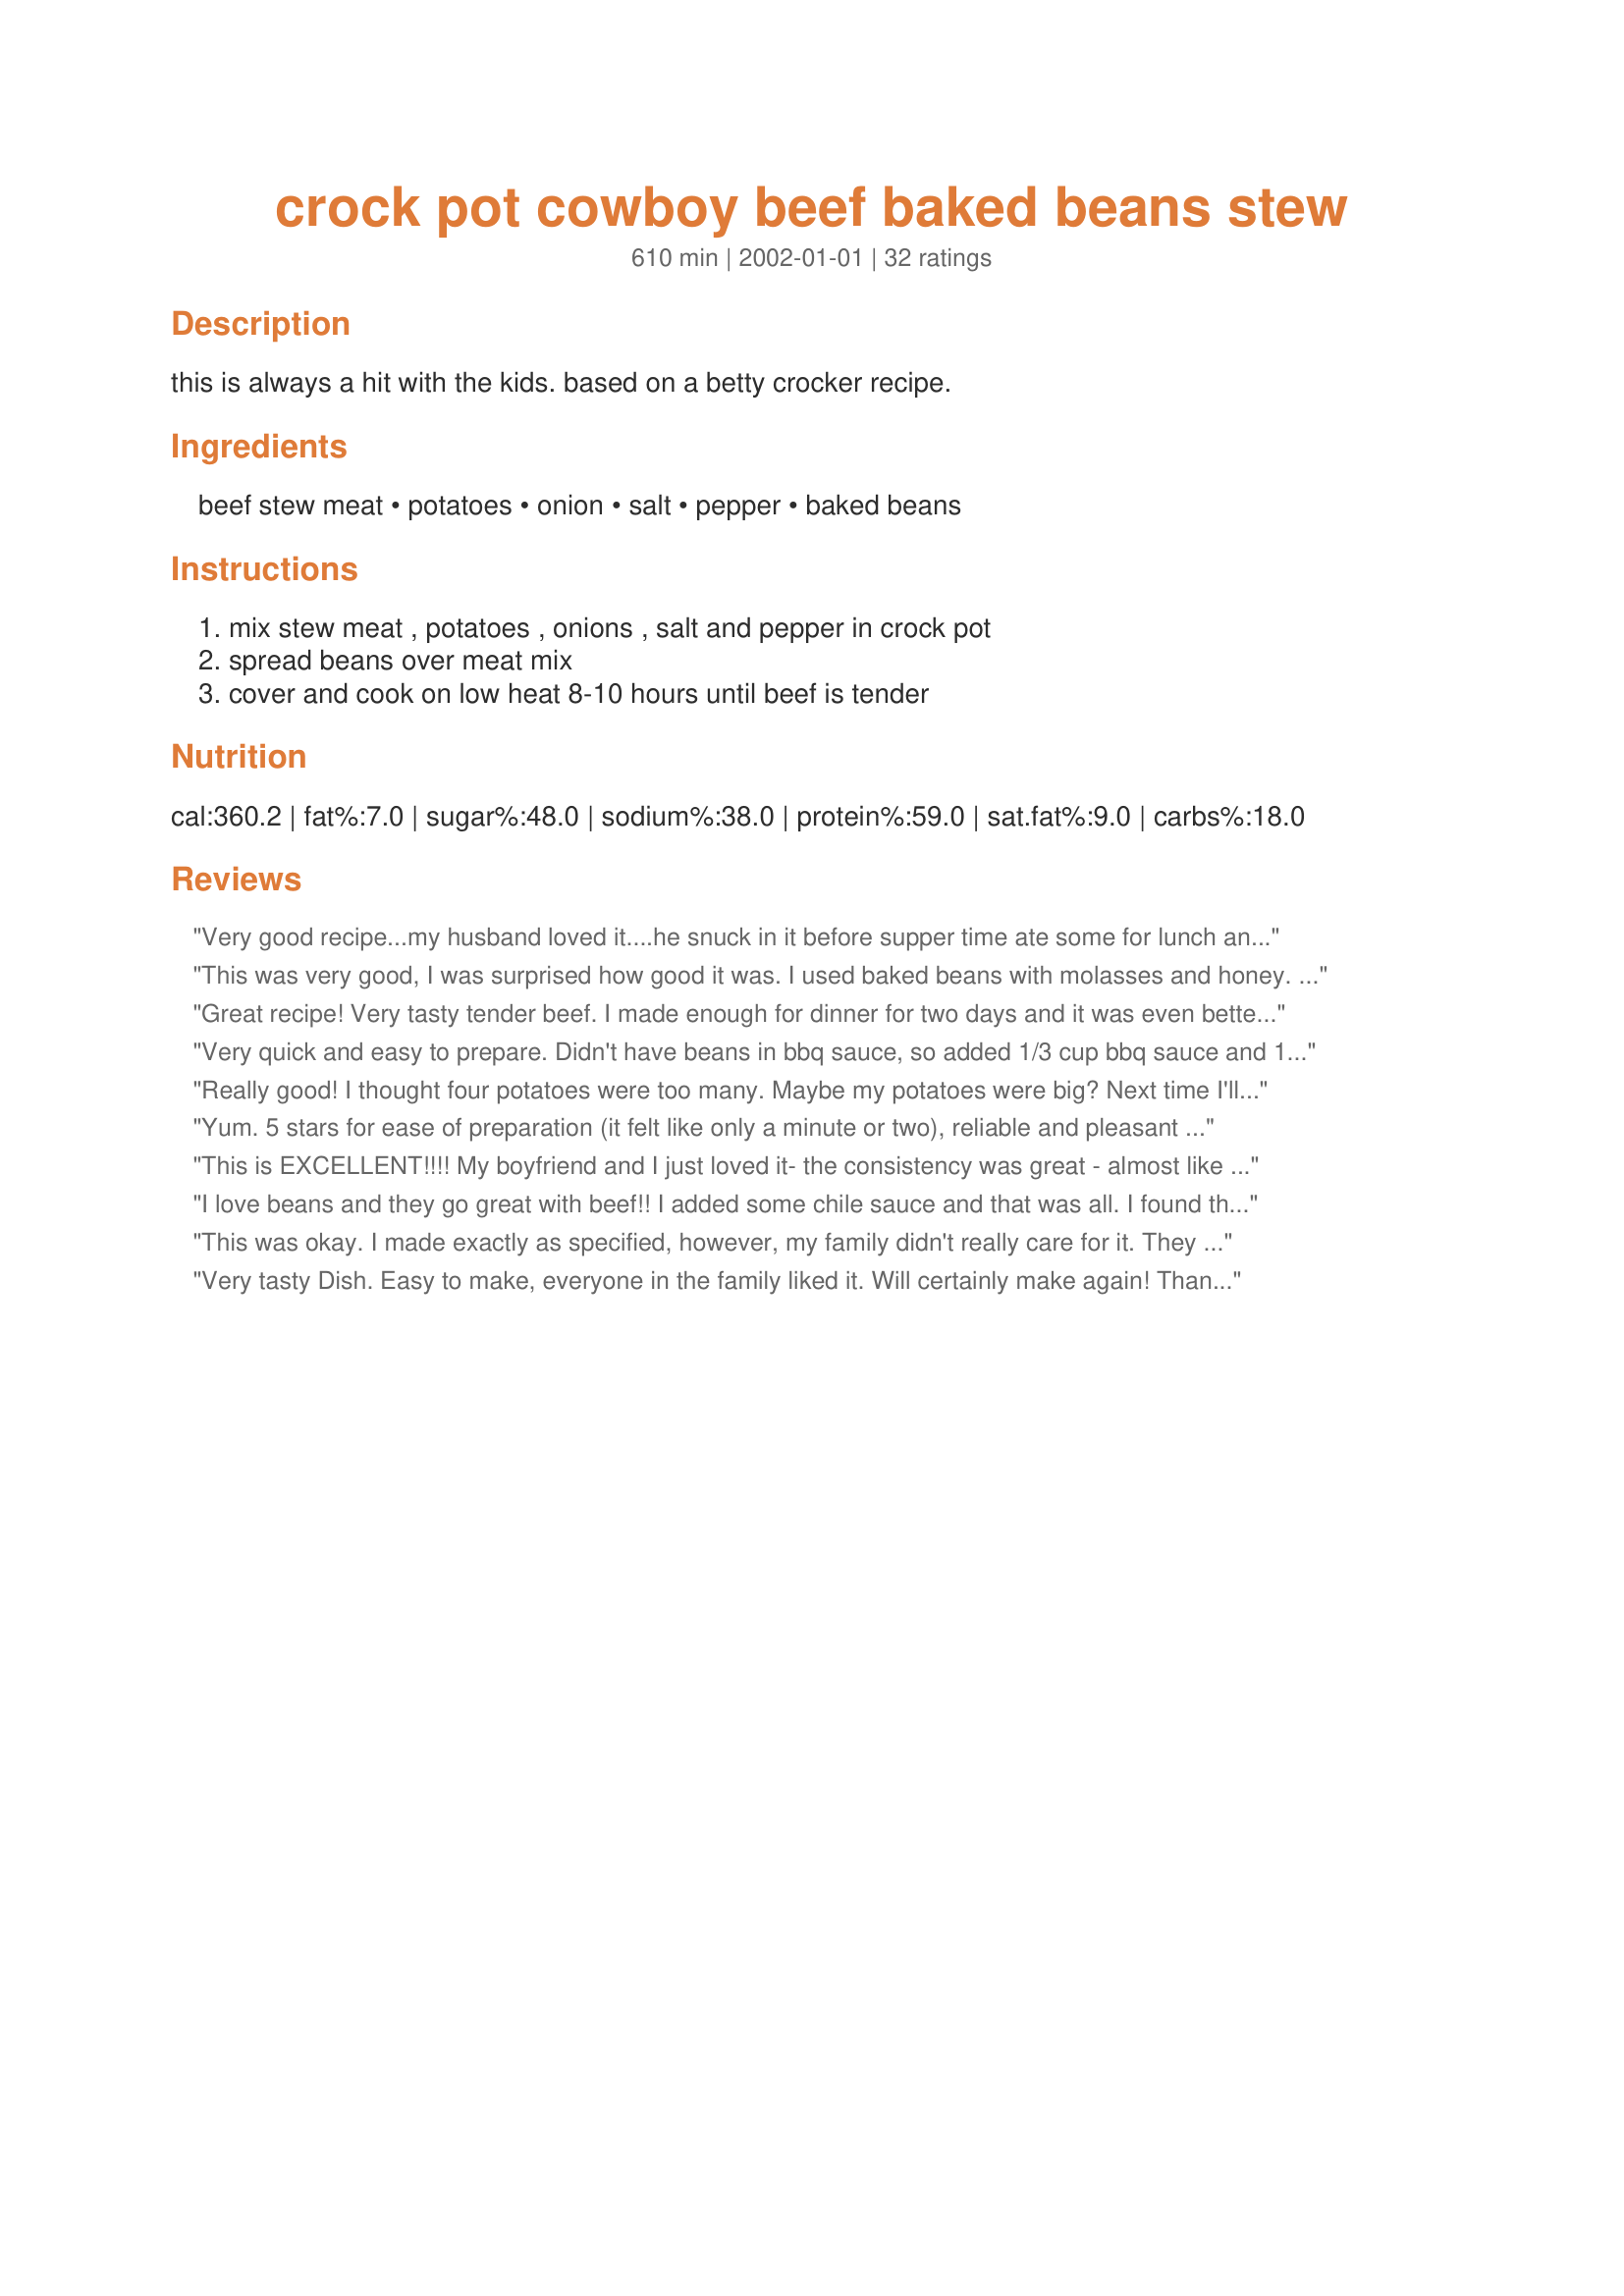
crock pot cowboy beef baked beans stew
Preparation time: 610 minutes

this is always a hit with the kids. based on a betty crocker recipe.

Ingredients:
beef stew meat, potatoes, onion, salt, pepper, baked beans

Steps:
mix stew meat , potatoes , onions , salt and pepper in crock pot, spread beans over meat mix, cover and cook on low heat 8-10 hours until beef is tender

Reviews:
Very good recipe...my husband loved it....he snuck in it before supper time ate some for lunch and supper lol.
This was very good, I was surprised how good it was. I used baked beans with molasses and honey. We had crusty french bread with it. Yummy.
Great recipe! Very tasty tender beef. I made enough for dinner for two days and it was even better the next day. I will make this again.
Very quick and easy to prepare. Didn't have beans in bbq sauce, so added 1/3 cup bbq sauce and 1 Tbsp Brown sugar. Loved how the potatoes cooked up and tasted. Meat was extremely tender. Thanks.
Really good! I thought four potatoes were too many. Maybe my potatoes were big? Next time I'll cut down.
Yum. 5 stars for ease of preparation (it felt like only a minute or two), reliable and pleasant taste, and delicious smell. Great for one of THOSE days. Thanks, Mirj!
This is EXCELLENT!!!! My boyfriend and I just loved it- the consistency was great - almost like a chilli - thick and yummy! He said this is his type of food - he is a meat and potato man! We also thought this will be perfect for camping! WONDERFUL and easy- thank you!
I love beans and they go great with beef!! I added some chile sauce and that was all. I found the canned beans became a little mushy with 9 hours cooking but still tasted great. Next time I'll try some of my homemade beans (I just have to get around to making them) Good recipe
This was okay. I made exactly as specified, however, my family didn't really care for it. They ate it but said I don't need to make it again. It gets high marks for being easy, filling, and nutritional. Low marks for the taste (at least for our taste). I won't be making this again, per my family's request. Thanks anyways.
Very tasty Dish. Easy to make, everyone in the family liked it. Will certainly make again!

Thanks for the great recipe!
Extremely simple and a recipe that a man just devours. Have made this a few times and will keep experimenting for different flavors... love the BBQ flavor it gives the potatoes!!
Tasty and hearty stew! A real comfort on a cold day.
I added liquid smoke and barbeque sauce. I used Busch Country Style baked beans.
Very good stew. My kids also liked it alot. Simple to make, too. I added a teaspoon of garlic powder (personal taste) for more flavor, but otherwise cooked it as is. Thank you Mirj.
I gave this recipe 3 stars. I got mixed reviews on this recipe. My future hubby wasn't nuts over this, my 7 yr old newphew didn't like it, I thought it was good. I wasn't sure about not peeling the potatoes but I didn't mind them. Overall I'd make this again for me. Thanks for posting! Christine (internetnut)
This meal was a hodge-podge of false starts for us.... Yesterday I started the crockpot but when DH got home around 2 he noticed the power had gone out and the crockpot was not on. The meat was still frozen when I got home 2 hours later so I put it in the fridge and started it on low again early this AM. When I got to work today we got a call that my DIL was in labor so we rushed to the hospital where we stayed until our beautiful granddaugher was born. Got home at 6:45 and the house smelled FABULOUS and we had a delicious hot meal waiting for us in the crockpot. THe beans had pretty much turned mushy but still, this was SOOO good. We WILL have this again but hopefully won't cook it for 14 hours this time!
This is straight-up comfort food. The smell of this cooking is incredible. I did find that it needed more salt after cooking, and the beans on the top got a bit overcooked and hard after cooking for 8 hours. But we enjoyed it. Went great with some thickly buttered bread. Thanks!
DH loved it! Next time he wants me add corn and peas. He like corn and peas. I Really love that it cooks in the crockpot and there is no need to brown the meat. Thanks for the recipe.
Really liked this super easy recipe. I added string beans since I had a bunch on hand and it turned out pretty good. Next time I think I&#039;ll add the baked beans halfway through cooking (which I did on HIGH for 4 hours) to avoid the bit of mush they tend to turn into. Still its a keeper and I will make it again.
I thought this was pretty good. I was afraid towards the end of the cook time becasue I thought the last couple of hours it smelled scorched. But it didn't taste that way at all. I did make some substitutions but only minor ones. I did not have BBQ flavored baked beans since they are hard to find around here. So I added original flavor and a cup of my favorite BBQ sauce. I did end up adding a cup of water as well since I thought it was starting out pretty thick and it came out perfect. My husband loved it since it was in opposition to all the veggie filled meals I've been serving to him. :) Thanks for a nice change of pace.
Just made this today and it is awesome! It's so simple to put together. I was a little nervous that the baked beans would fall apart but they turned out great! I couldn't find baked beans in BBQ sauce so I mixed in some of my favorite BBQ sauce with a can of Bush Original baked beans. This is one good dish!
This was pretty darn good! I changed a few things, though. I used Ranch Style beans and added about 1/3 cup of bottled BBQ sauce and a little bit of liquid smoke. My husband had THREE bowls! Thanks for a great-tasting and easy recipe.
I made this with regular baked beans and added some BBQ sauce, but followed the directions otherwise. Like many other reviewers mentioned, the Meat turned out so tender, yum. My family gave it just an ok, saying it was too sweet. Maybe it was the BBQ sauce I used. Next time I just might try it without the sauce.Thanks for sharing your recipe.
This was wonderful Mirj! We had it for supper tonight...I added a full onion instead of the 1/2 cup and it was still yummy...my hubby and kids really liked it..thanks for a great recipe, will be making this again..strawberryjane
Good food.
Any combination of beef, beans, potatoes, and onions has to be good.
Suggestion: use one whole onion, and add a can of chunky Ro-Tel.
Your friends who love spicy will pester you for this recipe.
This was yummy, I didnt get how there would be enough liquid to cook it though, so I added some broth. I also added some sliced hot dogs at the end seemed like it would go with BBQ sauce and Beans and it was super yummy, I would make it again.
I saved this for a day I'd be busy and today was the day! I was surprised how delicious this was. The barbecue beans added just the right flavor and texture. I served this with lima beans (with lemon juice and Parmesan cheese) and Watergate salad. I omitted the salt by accident but it wasn't missing any flavor. My husband had three helpings and the kids cleaned their plates (without asking "what is this?"). Thanks Mirj, for posting (loved reading your "about me" page!).

Roxygirl
I had some raw marinated tri-tip roast cut up into bite size pieces for fondue which I needed to to use up and found this recipe. Ridiculously easy recipe, of which I am a huge fan! It was good but I think next time I will either use fewer potatoes or more liquid as it was a little too thick. Leftovers were good, too.
Really good. I added corn and ground beef and a little bbq sauce and brown sugar and bMy family loves it! Thanks.
Very good recipe. I used Bushes bean in bbq sauce. I waited to add the beans halfway through the cooking time because I thought they might be too dry. Turned out perfect. Thanks
Made this tonight. This was a hit here. I think the key is the beans and bbq sauce. There were no bbq beans at the store so I used homestyle beans and added 1 cup BBQ sauce. I used Sweet Baby Rays BBQ sauce and it was super. I can see that depending on the sauce you use it would alter the taste. This was definitely a hearty meal that received thumbs up from all but especially those meat and potato lovers. I Didn't put the beans and sauce in until 3 hrs in and it helped with the beans hardening that others had experienced. Would make again. This was in my Betty Crocker Slow Cooker Magazine from 2001 but I am glad Mirj had already posted it. Thanks Mirj. Made with with Recipe#38775 Easy Rolls. It was a nice combo. Enjoy ChefDLH
I read the reviews & had to make it, the ingredients looked great & simple to make. I must have done something wrong, my husband and I did not finish it.
I thought this was tasty and definitely easy to make, my husband thought it smelled great while cooking, but prefers regular stew and only gave this dish an OK
